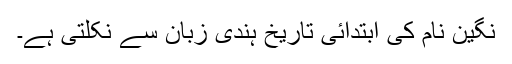
نگین نام کی ابتدائی تاریخ ہندی زبان سے نکلتی ہے۔